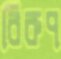
বিরুপ